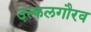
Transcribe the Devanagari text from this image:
उत्कलगौरव